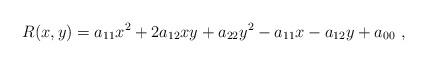
LaTeX: \begin{align*}R(x,y)=a_{11} x^2+2a_{12} xy+a_{22} y^2-a_{11} x-a_{12} y+a_{00}\ ,\end{align*}